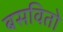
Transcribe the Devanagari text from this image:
बसवितो